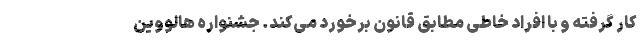
کار گرفته و با افراد خاطی مطابق قانون برخورد می‌کند. جشنواره هالووین